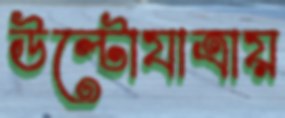
উল্টোযাত্রায়